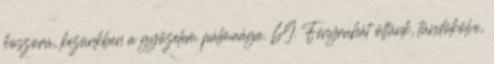
koszorú, kezünkben a győzelem pálmaága. 69. Fényruhát öltünk, tündökölve,